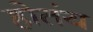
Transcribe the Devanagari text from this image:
होतंय